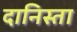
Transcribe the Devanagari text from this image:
दानिस्ता